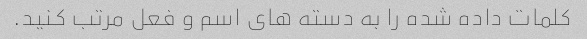
کلمات داده شده را به دسته های اسم و فعل مرتب کنید.